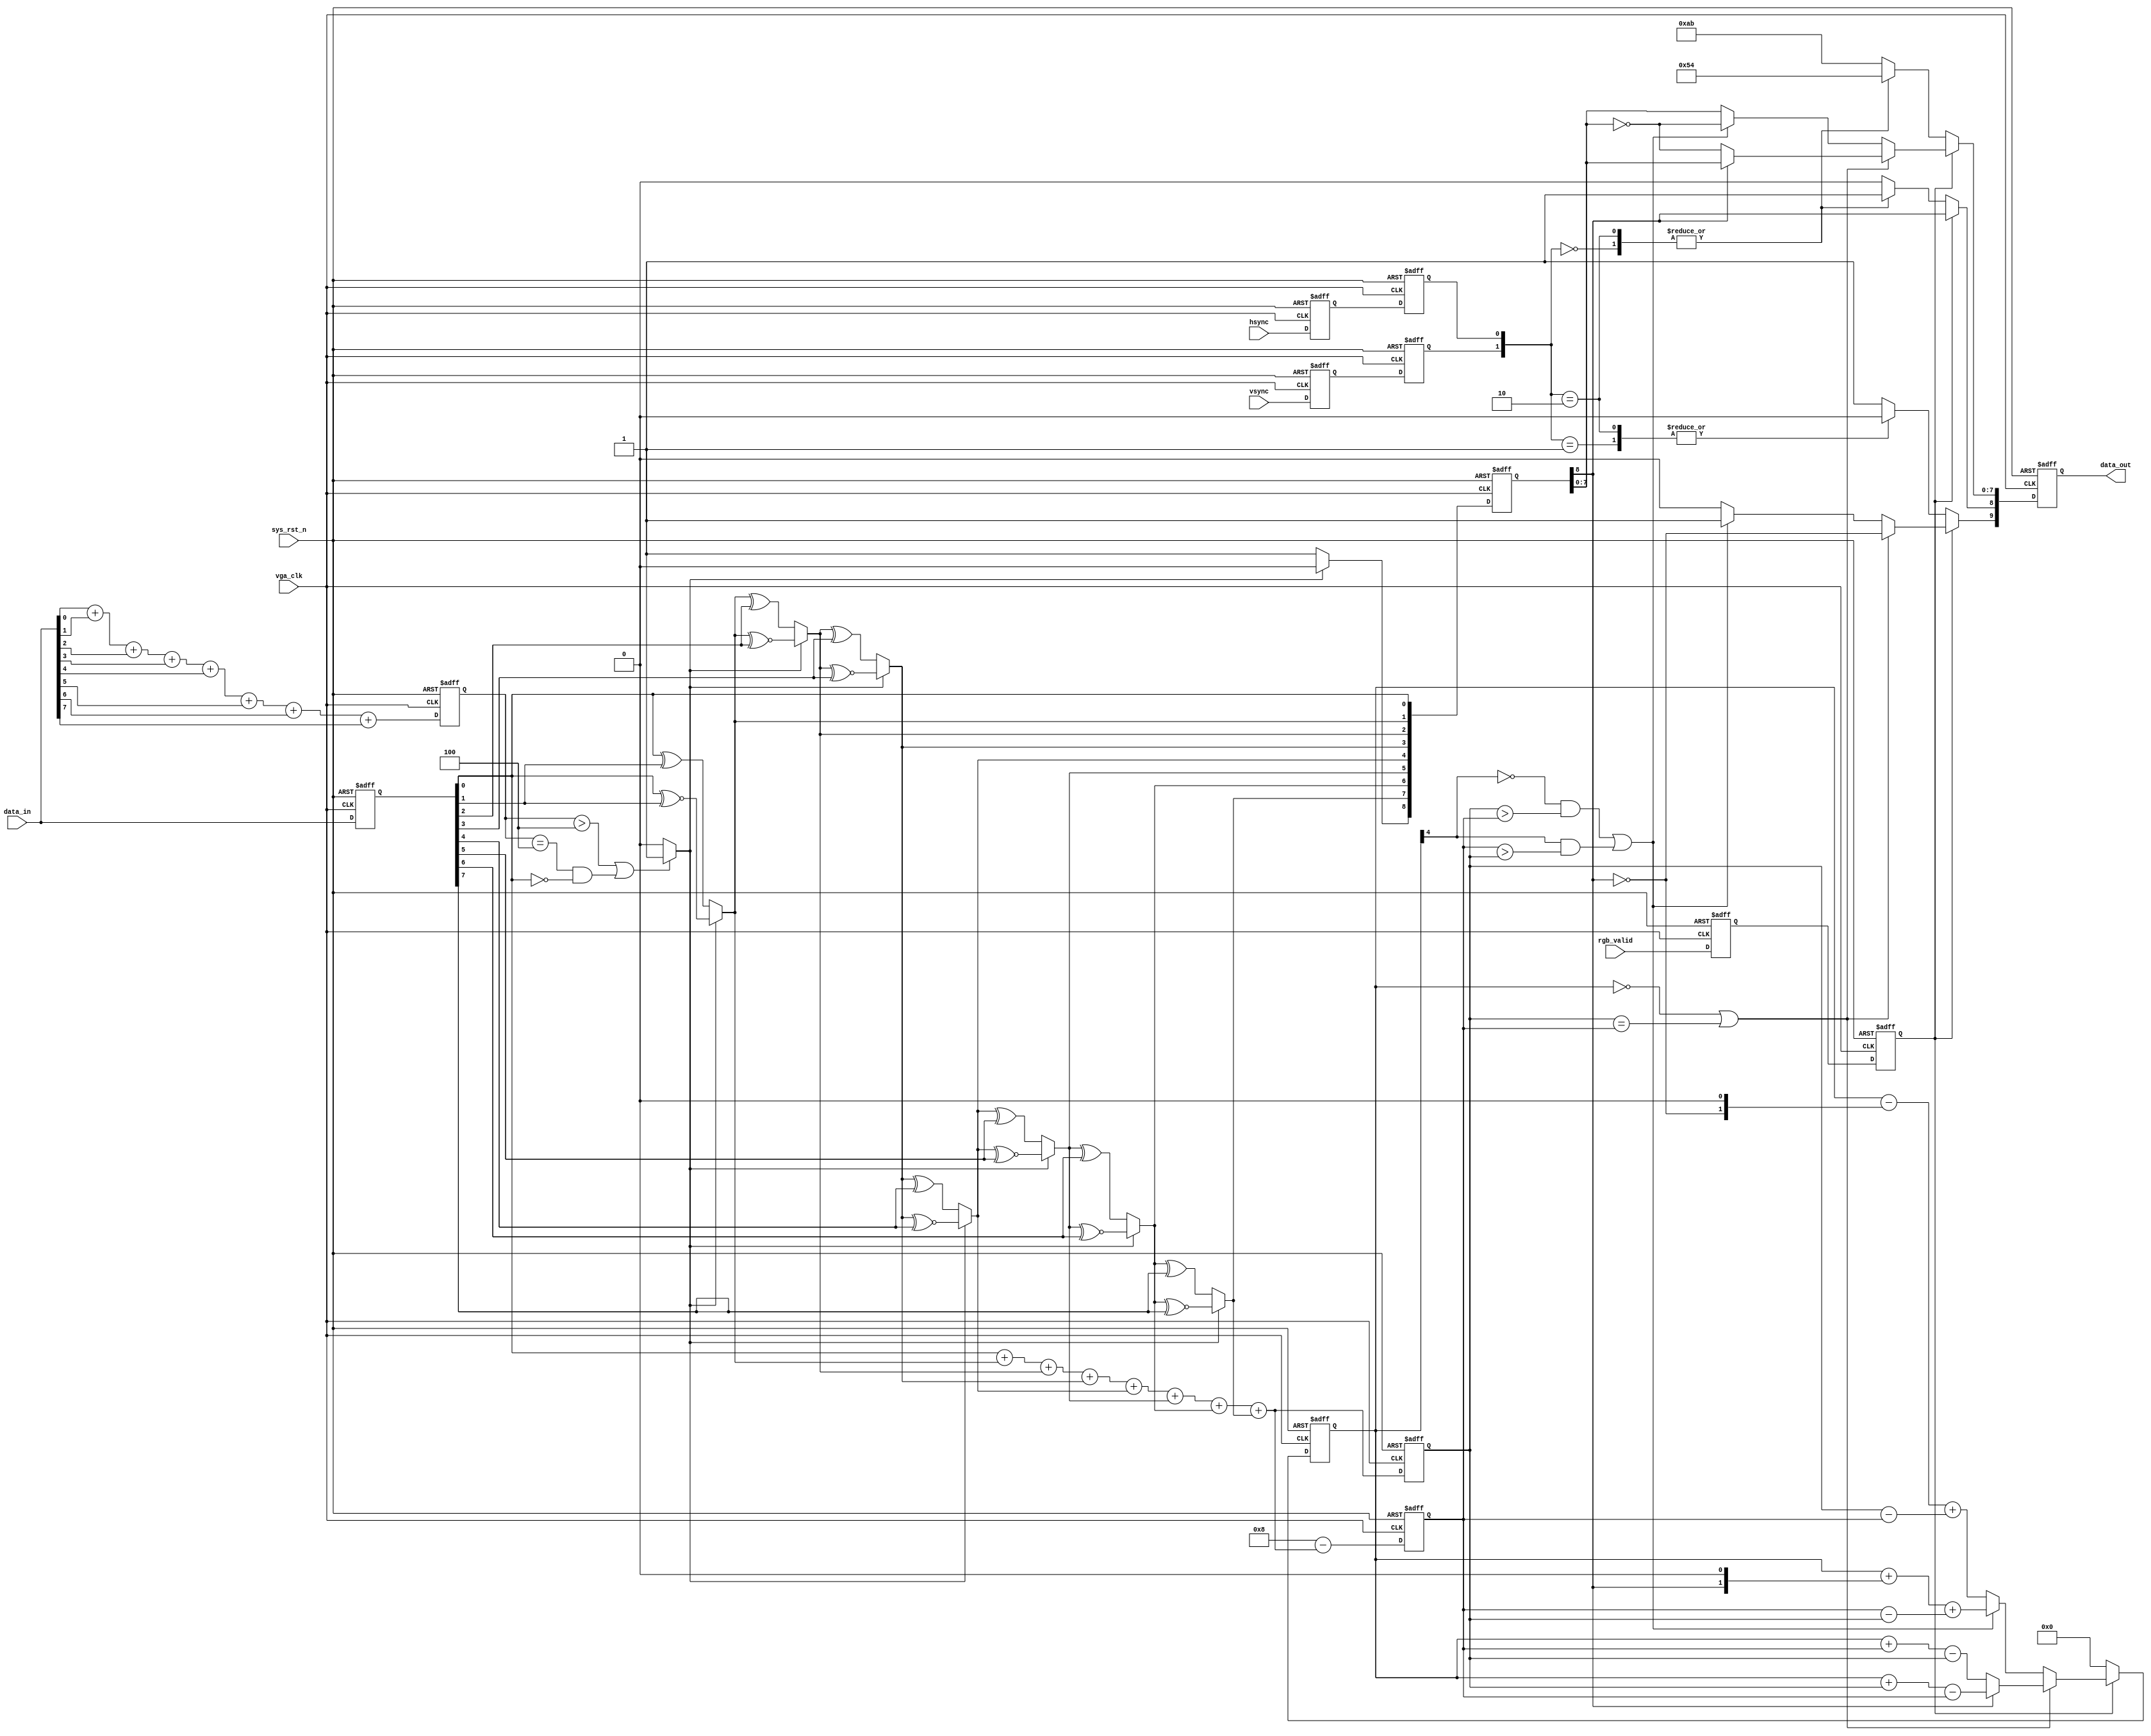
module  encoder
(
    input   wire            vga_clk     ,
    input   wire            sys_rst_n   ,
    input   wire            hsync       ,
    input   wire            vsync       ,
    input   wire            rgb_valid   ,
    input   wire    [7:0]   data_in     ,
    
    output  reg     [9:0]   data_out    
);

wire            ctrl_1;//used to judge the data_in condition.
wire            ctrl_2;
wire            ctrl_3;
wire    [8:0]   q_m;

reg     [3:0]   data_in_n1; // because data_in 1 is 8 bit data so that maximum value of logic 1 is 8.
reg     [7:0]   data_in_reg;//delay 1 time to judge the condition.
reg     [3:0]   q_m_n1;
reg     [3:0]   q_m_n0;
reg     [4:0]   cnt;// in this case, maximum value is 8, minimun value is -8 = -8, 5 bit width enough.
reg             de_reg1;//make data delay for calculate
reg             de_reg2;//make data delay for calculate
reg             c0_reg1;    //make data delay for calculate
reg             c0_reg2;    //make data delay for calculate
reg             c1_reg1;    //make data delay for calculate
reg             c1_reg2;    //make data delay for calculate
reg     [8:0]   q_m_reg;       //make data delay for calculate

always@(posedge vga_clk or negedge sys_rst_n)
    if(sys_rst_n == 1'b0)
        data_in_n1 <= 4'd0;
    else
        data_in_n1 <= data_in[0]+ data_in[1]+ data_in[2]+ data_in[3]
                        +data_in[4]+ data_in[5]+ data_in[6]+ data_in[7]; //sequential logic, output delay 1 clock.
    
always@(posedge vga_clk or negedge sys_rst_n)
    if(sys_rst_n == 1'b0)
        data_in_reg <= 8'b0;
    else
        data_in_reg <= data_in;

assign ctrl_1 = ((data_in_n1 > 4'd4)||((data_in_n1 == 4'd4)
                &&(data_in_reg[0] == 1'b0)))?1'b1 : 1'b0; //using data_in_n1 to judge, so data_in_reg is delay 1 clock also.

assign q_m[0] = data_in_reg[0];
assign q_m[1] = (ctrl_1 == 1'b1) ? (q_m[0] ^~ data_in_reg[1]) : (q_m[0] ^ data_in_reg[1]); // same clock data with ctrl_l.
assign q_m[2] = (ctrl_1 == 1'b1) ? (q_m[1] ^~ data_in_reg[2]) : (q_m[1] ^ data_in_reg[2]);
assign q_m[3] = (ctrl_1 == 1'b1) ? (q_m[2] ^~ data_in_reg[3]) : (q_m[2] ^ data_in_reg[3]);
assign q_m[4] = (ctrl_1 == 1'b1) ? (q_m[3] ^~ data_in_reg[4]) : (q_m[3] ^ data_in_reg[4]);
assign q_m[5] = (ctrl_1 == 1'b1) ? (q_m[4] ^~ data_in_reg[5]) : (q_m[4] ^ data_in_reg[5]);
assign q_m[6] = (ctrl_1 == 1'b1) ? (q_m[5] ^~ data_in_reg[6]) : (q_m[5] ^ data_in_reg[6]);
assign q_m[7] = (ctrl_1 == 1'b1) ? (q_m[6] ^~ data_in_reg[7]) : (q_m[6] ^ data_in_reg[7]);
assign q_m[8] = (ctrl_1 == 1'b1) ? 1'b0: 1'b1;

always@(posedge vga_clk or negedge sys_rst_n)
    if(sys_rst_n == 1'b0)
        begin
            q_m_n1 <= 4'd0;
            q_m_n0 <= 4'd0;
        end
    else
        begin
            q_m_n1 <= q_m[0]+ q_m[1]+ q_m[2]+ q_m[3]
                        +q_m[4]+ q_m[5]+ q_m[6]+ q_m[7];// logic 1 number, delay 1 clock.
            q_m_n0 <= 4'd8 - (q_m[0]+ q_m[1]+ q_m[2]+ q_m[3]
                        +q_m[4]+ q_m[5]+ q_m[6]+ q_m[7]);//logic 0 number, delay 1 clock.
        end

assign ctrl_2 = ((cnt == 5'd0)||(q_m_n1 == q_m_n0));
assign ctrl_3 = (((~cnt[4] == 1'b1) && (q_m_n1 > q_m_n0))
                    || ((cnt[4] == 1'b1) && (q_m_n0 > q_m_n1))); // judge cnt is postive oe negetive, using highest bit to judge.

always@(posedge vga_clk or negedge sys_rst_n)
    if(sys_rst_n == 1'b0)
        begin
            de_reg1 <=  1'b0;
            de_reg2 <=  1'b0;
            c0_reg1 <=  1'b0;
            c0_reg2 <=  1'b0;
            c1_reg1 <=  1'b0;
            c1_reg2 <=  1'b0;
            q_m_reg <=  9'b0;
        end
    else
        begin
            de_reg1 <=  rgb_valid;//rgb_valid delay 1 to de_reg1
            de_reg2 <=  de_reg1;//de_reg1 delay 1 to de_reg2, total delay 2 clocks, same as q_m_reg.
            c0_reg1 <=  hsync;
            c0_reg2 <=  c0_reg1;
            c1_reg1 <=  vsync;
            c1_reg2 <=  c1_reg1;
            q_m_reg <=  q_m; // q_m is delay 1 clock, so d_m_reg is delay 2 clocks, delay q_m for match q_m_n0 & q_m_n1 clock.
        end

always@(posedge vga_clk or negedge sys_rst_n)
    if(sys_rst_n == 1'b0)
        begin
            data_out <= 10'b0;
            cnt <= 5'b0;
        end
    else if(de_reg2 == 1'b1)
        begin
            if(ctrl_2 == 1'b1)
                begin
                    data_out[9]   <= ~q_m_reg[8];
                    data_out[8]   <= q_m_reg[8];
                    data_out[7:0] <= (q_m_reg[8]) ? q_m_reg[7:0] : ~q_m_reg[7:0];
                    cnt <= (q_m_reg[8] == 1'b0) ? (cnt + q_m_n0 - q_m_n1) : (cnt + q_m_n1 - q_m_n0);
                end
            else
                begin
                    if(ctrl_3 == 1'b1)
                        begin
                            data_out[9]   <= 1'b1;
                            data_out[8]   <= q_m_reg[8];
                            data_out[7:0] <= ~q_m_reg[7:0];
                            cnt <= (cnt + {q_m_reg[8],1'b0} + (q_m_n0 - q_m_n1));
                        end
                    else
                        begin
                        data_out[9]   <= 1'b0;
                        data_out[8]   <= q_m_reg[8];
                        data_out[7:0] <= q_m_reg[7:0];
                        cnt <= (cnt - {~q_m_reg[8],1'b0} + (q_m_n1 - q_m_n0)); //   2*~q_m_reg[8] = {~q_m_reg[8],1'b0}, shift 1 bit by left = *2
                        end
                end
        end
    else
        begin
            case({c1_reg2,c0_reg2})
                2'b00   : data_out <= 10'b1101_0101_00; // algorithm is [0:9], but here should be [9:0], the high and low bit is reversed
                2'b01   : data_out <= 10'b0010_1010_11;
                2'b10   : data_out <= 10'b0101_0101_00;
                default : data_out <= 10'b1010_1010_11;
            endcase
            cnt <= 5'd0;
        end

endmodule